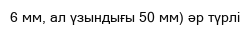
6 мм, ал үзындығы 50 мм) әр түрлі